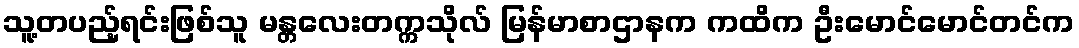
သူ့တပည့်ရင်းဖြစ်သူ မန္တလေးတက္ကသိုလ် မြန်မာစာဌာနက ကထိက ဦးမောင်မောင်တင်က